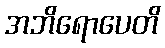
အဘိရောပေတိ